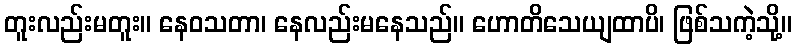
တူးလည်းမတူး။ နေဝသတာ၊ နေလည်းမနေသည်။ ဟောတိသေယျထာပိ၊ ဖြစ်သကဲ့သို့။